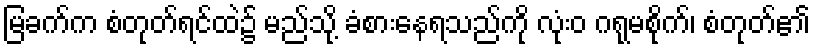
မြခက်က စံတုတ်ရင်ထဲ၌ မည်သို့ ခံစားနေရသည်ကို လုံးဝ ဂရုမစိုက်၊ စံတုတ်၏